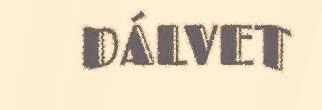
DÁLVET